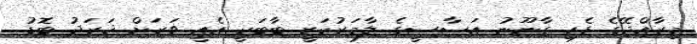
މިރާއްޖޭގެ ފެހި ގާނޫނު އަސާސީގެ ލާމަރުކަޒީ ބާބަކީ އެއީ ވަަރަށް ޚަރަދު ބޮޑު